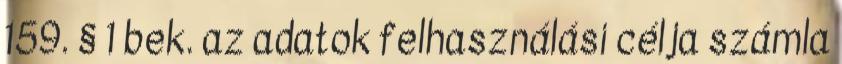
159. § 1 bek. az adatok felhasználási célja számla